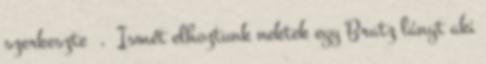
szerkeszte . Ismét elhoztunk nektek egy Bratz lányt aki